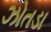
ઝોતડા